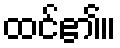
ထင်၏။